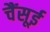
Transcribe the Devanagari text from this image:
चैंसूई